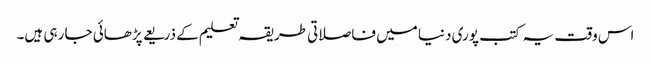
اس وقت یہ کتب پوری دنیا میں فاصلاتی طریقہ تعلیم کے ذریعے پڑھائی جا رہی ہیں۔